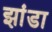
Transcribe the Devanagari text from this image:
झांडा